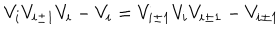
V _ { i } V _ { i \pm 1 } V _ { i } - V _ { i } = V _ { i \pm 1 } V _ { i } V _ { i \pm 1 } - V _ { i \pm 1 }